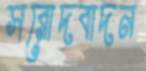
সরোদবাদন